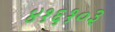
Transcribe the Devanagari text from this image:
४१६१०३